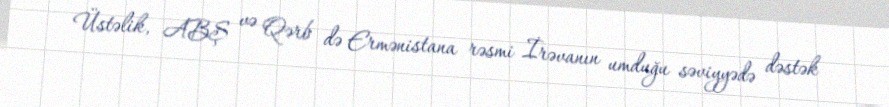
Üstəlik, ABŞ və Qərb də Ermənistana rəsmi İrəvanın umduğu səviyyədə dəstək